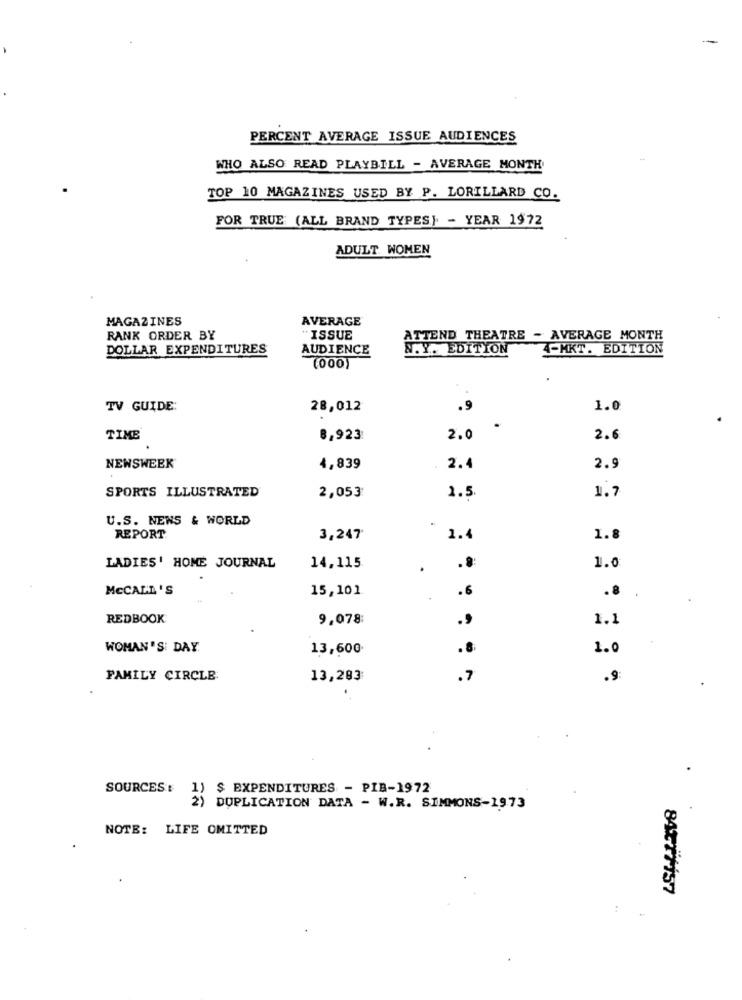
PERCENT AVERAGE ISSUE AUDIENCES
WHO ALSO READ PLAYBILL - AVERAGE MONTH
TOP 10 MAGAZINES USED BY P. LORILLARD CO.
FOR TRUE (ALL BRAND TYPES). - YEAR 1972
ADULT WOMEN
MAGAZINES
AVERAGE
RANK ORDER BY
"ISSUE
ATTEND THEATRE - AVERAGE MONTH
DOLLAR EXPENDITURES
AUDIENCE
N.Y. EDITION
4-MKT. EDITION
(000)
TV GUIDE:
28,012
.9
1.0
TIME
8,923
2.0
2.6
NEWSWEEK
4,839
2.4
2.9
SPORTS ILLUSTRATED
1.7
2,053
1.5
U.S. NEWS & WORLD
REPORT
3,247
1.4
1.8
1.0
LADIES' HOME JOURNAL
14,115
.
MCCALL 'S
15,101
.6
.8
REDBOOK
9,078:
.9
1.1
WOMAN'S: DAY
13,600
1.0
FAMILY CIRCLE
13,283
.7
.9
SOURCES
1) $ EXPENDITURES - PIB-1972
2) DUPLICATION DATA - W.R. SIMMONS-1973
NOTE: LIFE OMITTED